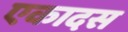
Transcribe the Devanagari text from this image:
एकादस